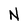
Character: N